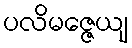
ပလိမဇ္ဇေယျ